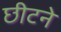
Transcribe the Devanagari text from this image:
छीटने